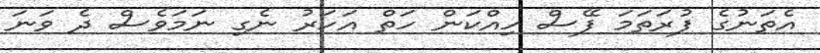
އެތަނުގެ ފުރަތަމަ ފޭސް ހިއްކަން ހަތް އަހަރު ނެގި ނަމަވެސް ދެ ވަނަ